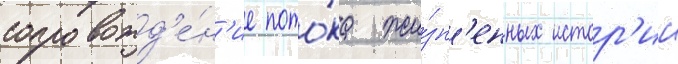
сопровожд'е́н'ие пото́ка жи́зн'енных истор'ии